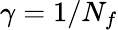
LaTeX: \gamma=1/N_{f}